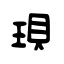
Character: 珼